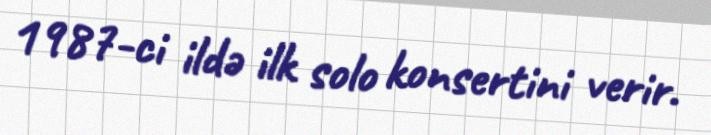
1987-ci ildə ilk solo konsertini verir.